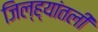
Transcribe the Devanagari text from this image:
जिल्ह्यांतली